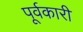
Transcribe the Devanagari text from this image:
पूर्वकारी